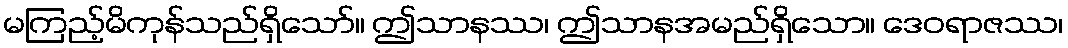
မကြည့်မိကုန်သည်ရှိသော်။ ဤသာနဿ၊ ဤသာနအမည်ရှိသော။ ဒေဝရာဇဿ၊